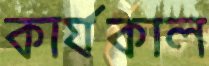
কার্যকাল